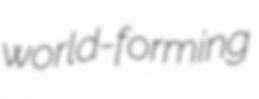
world-forming